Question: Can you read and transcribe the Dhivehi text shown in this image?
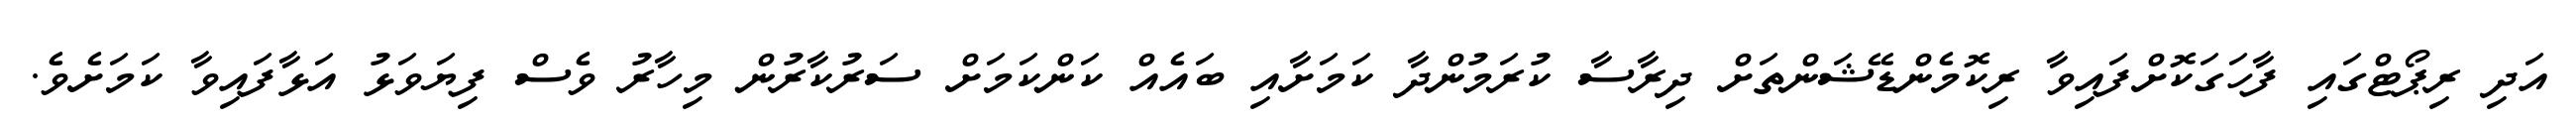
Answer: އަދި ރިޕޯޓްގައި ފާހަގަކޮށްފައިވާ ރިކޮމެންޑޭޝަންތަށް ދިރާސާ ކުރަމުންދާ ކަމަށާއި ބައެއް ކަންކަމަށް ސަރުކާރުން މިހާރު ވެސް ފިޔަވަޅު އަޅާފައިވާ ކަމަށެވެ.